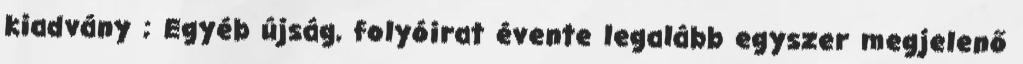
kiadvány ; Egyéb újság, folyóirat évente legalább egyszer megjelenő